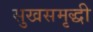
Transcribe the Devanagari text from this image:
सुखसमृद्धी